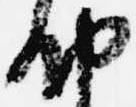
納